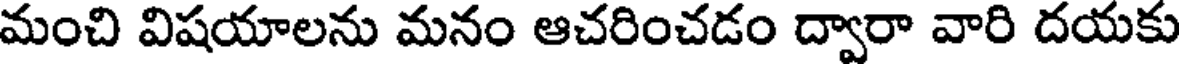
మంచి విషయాలను మనం ఆచరించడం ద్వారా వారి దయకు